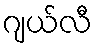
ဂျယ်လီ